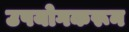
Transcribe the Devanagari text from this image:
उपयोगकरून